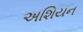
અશિયન